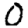
Digit: 0